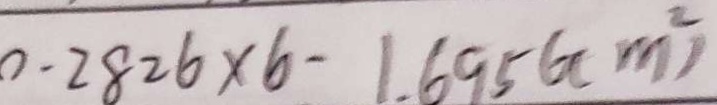
0 . 2 8 2 6 \times 6 - 1 . 6 9 5 6 ( c m ^ { 2 } )